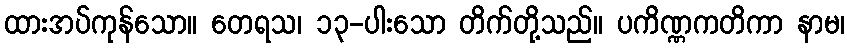
ထားအပ်ကုန်သော။ တေရသ၊ ၁၃-ပါးသော တိက်တို့သည်။ ပကိဏ္ဏကတိကာ နာမ၊